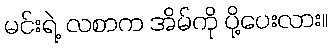
မင်းရဲ့ လစာက အိမ်ကို ပို့ပေးလား။